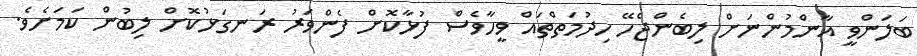
ބަލަންވީީ އާންމުންނަށް ލިބެންޖެހޭ ހިދުމަތްތައް ވީހާވެސް ފުޅާކޮށް ފެންވަރު ރަނގަޅުކޮށް ލިބުން ކަމަށެވެ.